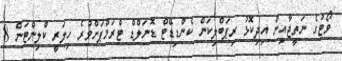
ވޯޓުގެ ނަތީޖާއިން އިދިކޮޅު ރިޕަބްލިކަން ކެންޑިޑޭޓް ޑޮނަލްޑް ޓްރަމްޕަށްވުރެ ހިލަރީ ކްލިންޓަން 8